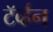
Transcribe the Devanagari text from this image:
टॅर्व्हन